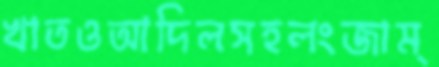
খাতওআদিলসহলংজাম্